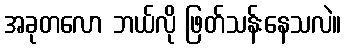
အခုတလော ဘယ်လို ဖြတ်သန်းနေသလဲ။